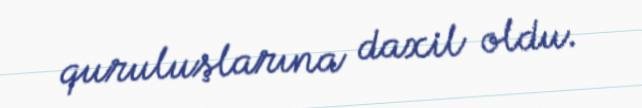
quruluşlarına daxil oldu.